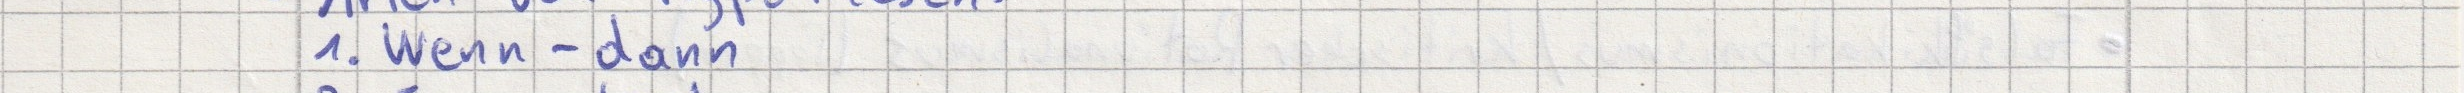
1. Wenn - dann